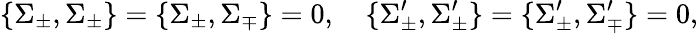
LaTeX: \{ \Sigma_{\pm},\Sigma_{\pm}\} =\{ \Sigma_{\pm},\Sigma_{\mp}\} =0,\quad\{ \Sigma_{\pm}^{\prime},\Sigma_{\pm}^{\prime}\} =\{ \Sigma_{\pm}^{\prime},\Sigma_{\mp}^{\prime}\} =0,